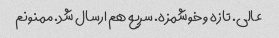
عالی. تازه و خوشمزه. سریع هم ارسال شد. ممنونم